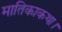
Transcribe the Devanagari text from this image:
मातिकाकथा।